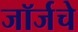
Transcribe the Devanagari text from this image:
जॉर्जचे